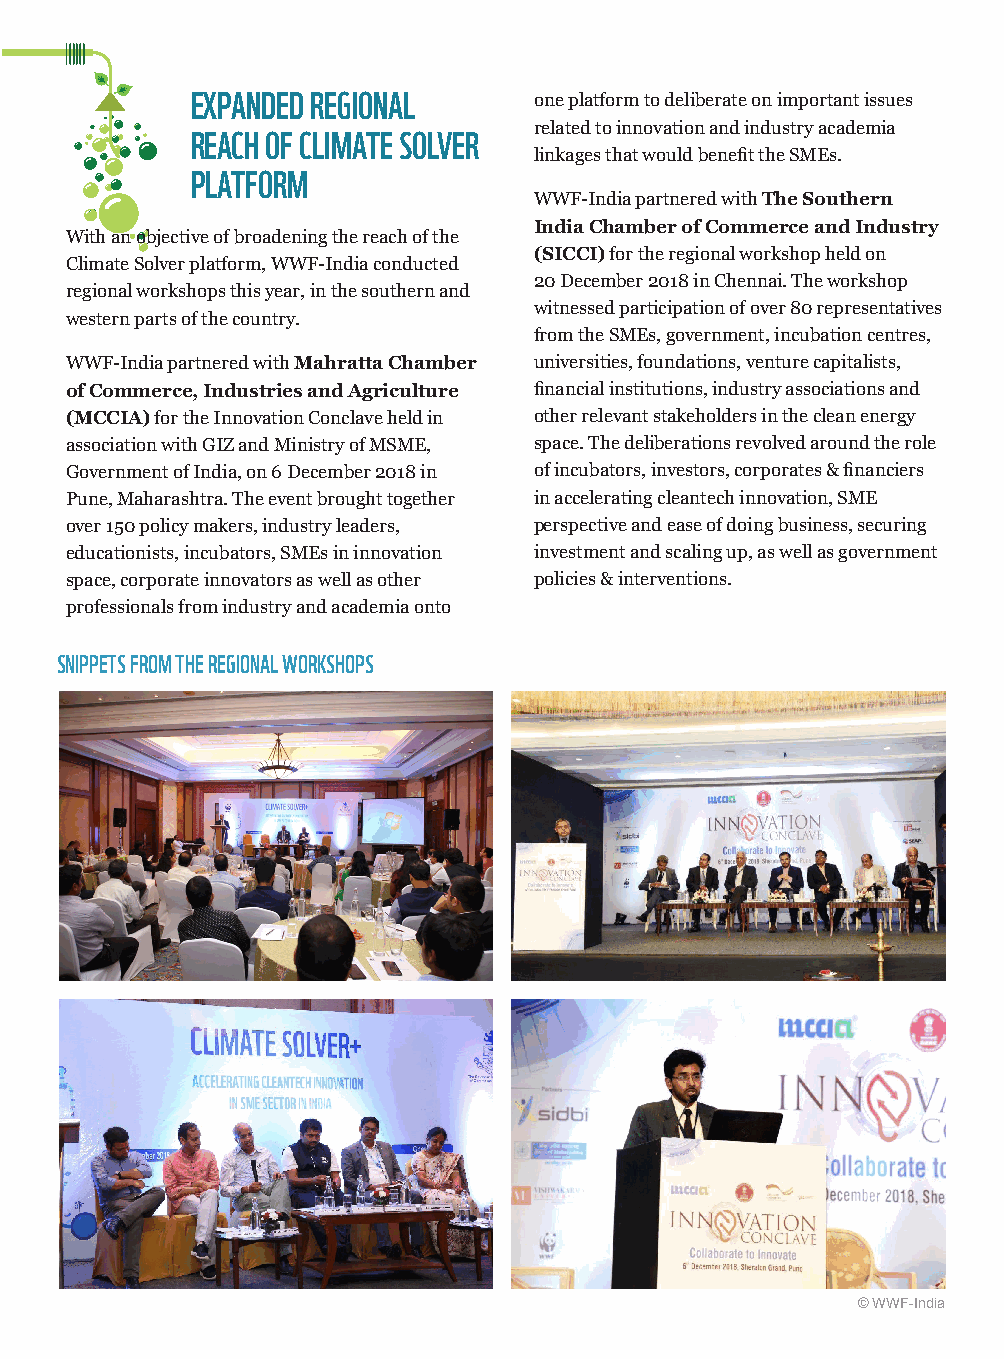
EXPANDED REGIONAL     one platform to deliberate on important issues
 related to innovation and industry academia
 REACH OF CLIMATE SOLVER
 linkages that would benefit the SMEs.
 PLATFORM
 WWF-India partnered with The Southern
 India Chamber of Commerce and Industry
 With an objective of broadening the reach of the
 (SICCI) for the regional workshop held on
 Climate Solver platform, WWF-India conducted
 20 December 2018 in Chennai. The workshop
 regional workshops this year, in the southern and
 witnessed participation of over 80 representatives
 western parts of the country.
 from the SMEs, government, incubation centres,
 WWF-India partnered with Mahratta Chamber universities, foundations, venture capitalists,
 of Commerce, Industries and Agriculture financial institutions, industry associations and
 (MCCIA) for the Innovation Conclave held in other relevant stakeholders in the clean energy
 association with GIZ and Ministry of MSME, space. The deliberations revolved around the role
 Government of India, on 6 December 2018 in of incubators, investors, corporates & financiers
 Pune, Maharashtra. The event brought together in accelerating cleantech innovation, SME
 over 150 policy makers, industry leaders, perspective and ease of doing business, securing
 educationists, incubators, SMEs in innovation investment and scaling up, as well as government
 space, corporate innovators as well as other policies & interventions.
 professionals from industry and academia onto
 SNIPPETS FROM THE REGIONAL WORKSHOPS
 © WWF-India